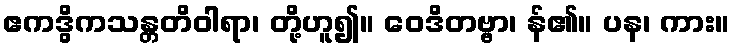
ဧကဒွိကသန္တတိဝါရာ၊ တို့ဟူ၍။ ဝေဒိတဗ္ဗာ၊ န်၏။ ပန၊ ကား။